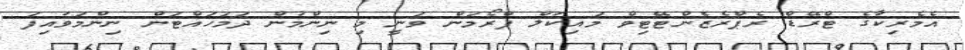
އެމެރިކާގެ ޓްރޭޑް ރެޕްރެޒެންޓޭޓިވް މައިކަލް ފްރޯމަން ވަނީ މި ނިންމުން ދަމަހައްޓަން ނިންމަވައިފަ